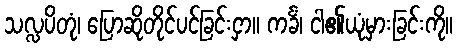
သလ္လပိတုံ၊ ပြောဆိုတိုင်ပင်ခြင်းငှာ။ ကင်္ခံ၊ ငါ၏ယုံမှားခြင်းကို။